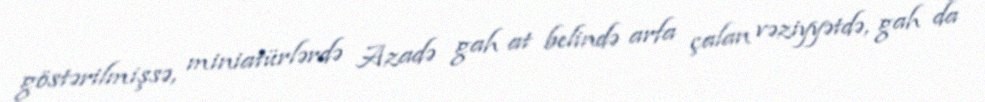
göstərilmişsə, miniatürlərdə Azadə gah at belində arfa çalan vəziyyətdə, gah da